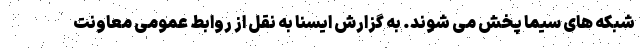
شبکه های سیما پخش می شوند. به گزارش ایسنا به نقل از روابط عمومی معاونت